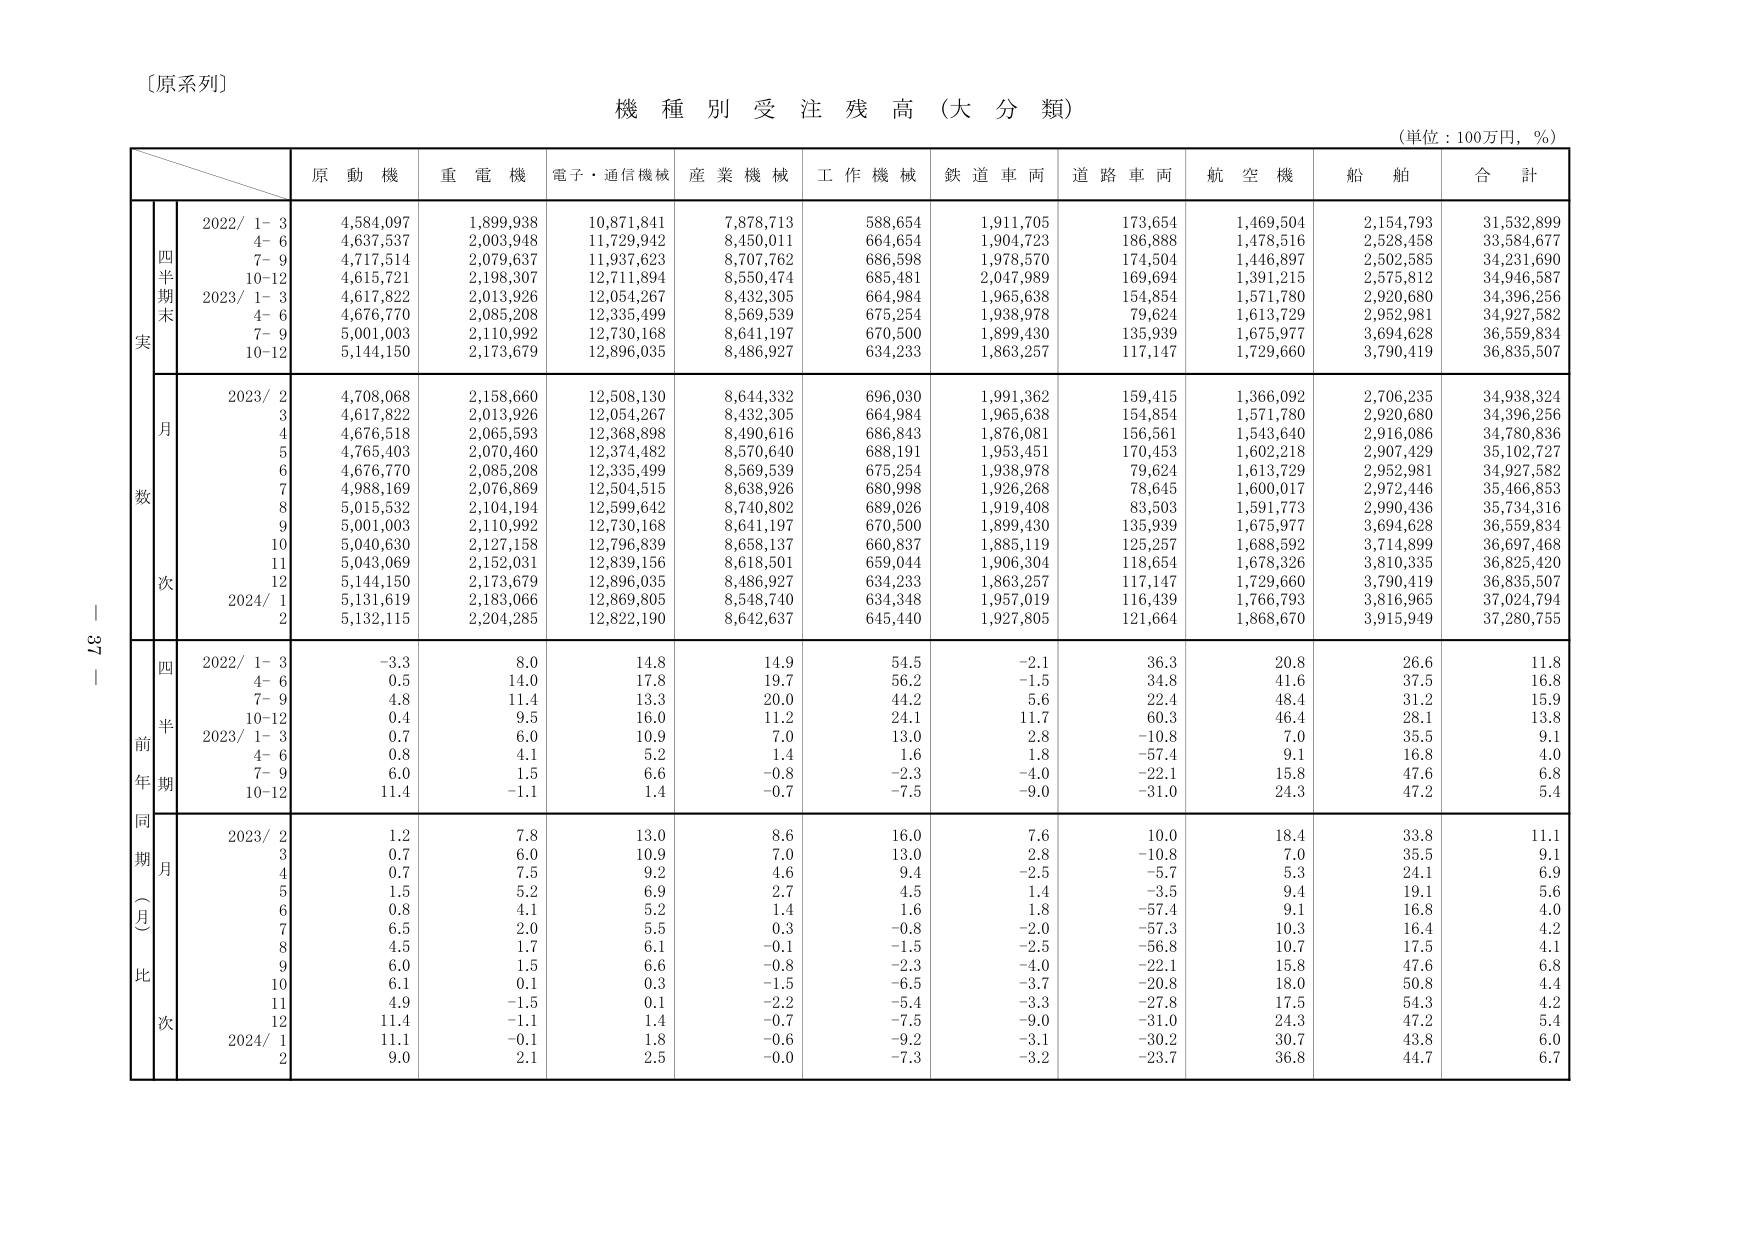
〔原系列〕

機種別受注残高（大分類）

（単位：100万円，％）